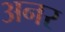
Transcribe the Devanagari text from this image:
अनर